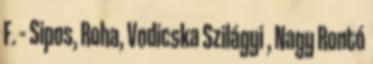
F. – Sipos, Roha, Vodicska Szilágyi , Nagy Rontó